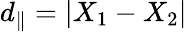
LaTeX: d_{\parallel}=|X_{1}-X_{2}|